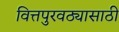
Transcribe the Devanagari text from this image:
वित्तपुरवठ्यासाठी